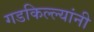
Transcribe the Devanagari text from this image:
गडकिल्ल्यांनी